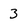
Character: 3